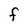
Character: F